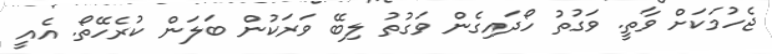
ޖެހުމަކަށް ވާތީ. ވަގުތު ހޯދައިގެން ވަގުތު ލިބޭ ވަރަކުން ބަލަން ކުރެހޭތޯ. އެއީ